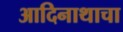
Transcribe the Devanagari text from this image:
आदिनाथाचा